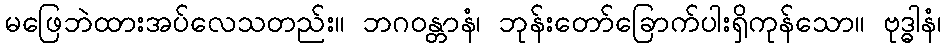
မဖြေဘဲထားအပ်လေသတည်း။ ဘဂဝန္တာနံ၊ ဘုန်းတော်ခြောက်ပါးရှိကုန်သော။ ဗုဒ္ဓါနံ၊